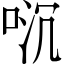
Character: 𫪌